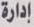
إدارة